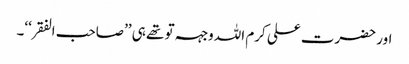
اور حضرت علی کرم اللہ وجہہ تو تھے ہی ’’صاحب الفقر‘‘۔